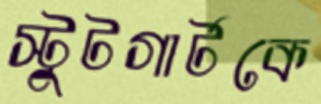
স্টুটগার্টকে